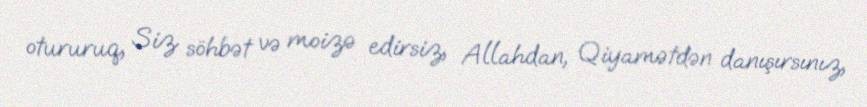
otururuq, Siz söhbət və moizə edirsiz, Allahdan, Qiyamətdən danışırsınız,